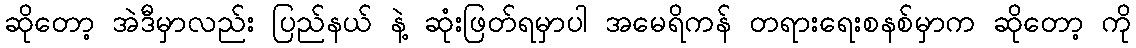
ဆိုတော့ အဲဒီမှာလည်း ပြည်နယ် နဲ့ ဆုံးဖြတ်ရမှာပါ အမေရိကန် တရားရေးစနစ်မှာက ဆိုတော့ ကို